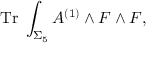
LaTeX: \mathrm { T r } \; \int _ { \Sigma _ { 5 } } A ^ { ( 1 ) } \wedge F \wedge F ,